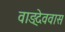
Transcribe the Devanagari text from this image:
वाङ्देववास